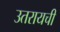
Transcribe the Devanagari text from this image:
उतरायची